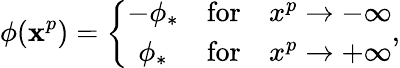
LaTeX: \phi(\mathbf{x}^{p})=\left\{ \begin{array}{ccc}{{-\phi_{*}}}&{{\mathrm{for}}}&{{x^{p}\to-\infty}}\\ {{\phi_{*}}}&{{\mathrm{for}}}&{{x^{p}\to+\infty}}\end{array}\right.,